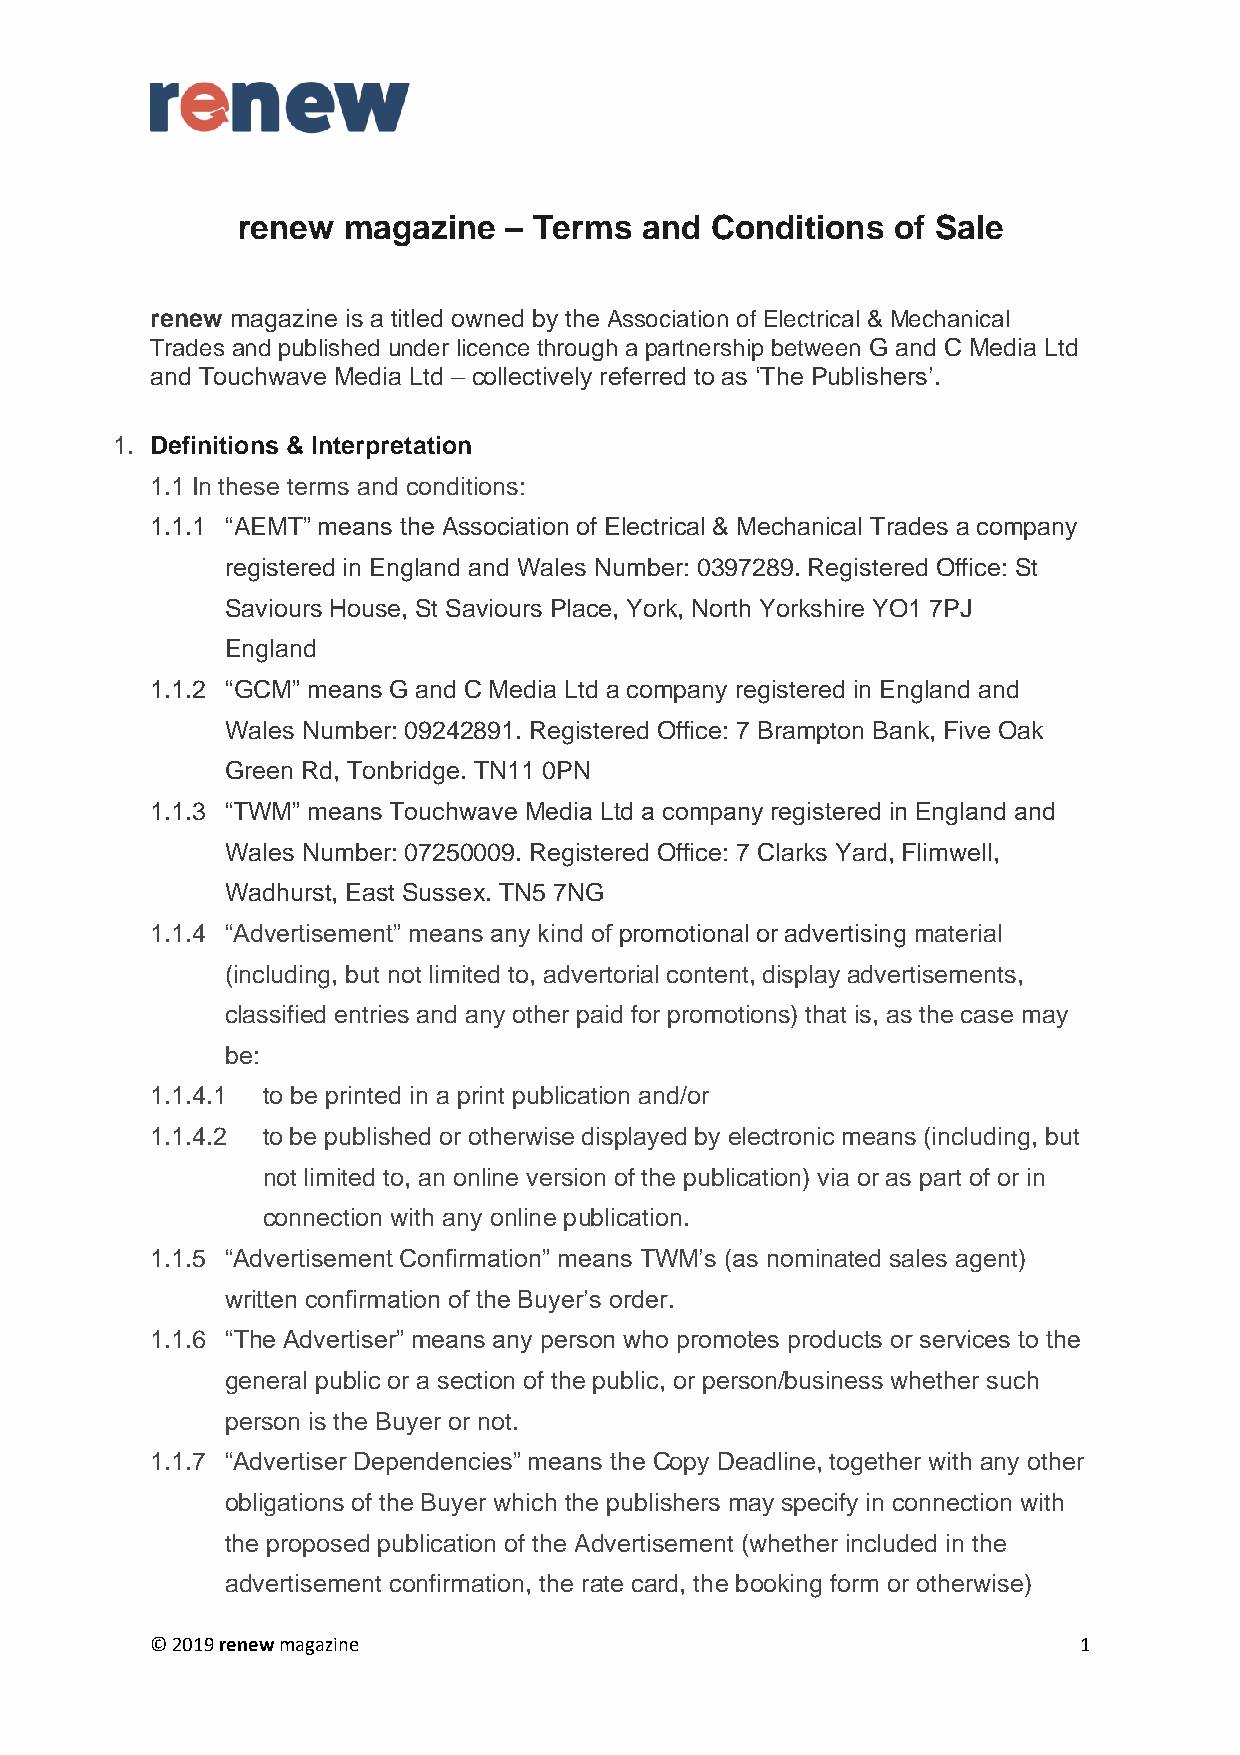
renew  magazine  – Terms   and Conditions  of Sale
 renew magazine is a titled owned by the Association of Electrical & Mechanical
 Trades and published under licence through a partnership between G and C Media Ltd
 and Touchwave Media Ltd – collectively referred to as ‘The Publishers’.
 1. Definitions & Interpretation
 1.1 In these terms and conditions:
 1.1.1 “AEMT” means the Association of Electrical & Mechanical Trades a company
 registered in England and Wales Number: 0397289. Registered Office: St
 Saviours House, St Saviours Place, York, North Yorkshire YO1 7PJ
 England
 1.1.2 “GCM” means G and C Media Ltd a company registered in England and
 Wales Number: 09242891. Registered Office: 7 Brampton Bank, Five Oak
 Green Rd, Tonbridge. TN11 0PN
 1.1.3 “TWM” means Touchwave Media Ltd a company registered in England and
 Wales Number: 07250009. Registered Office: 7 Clarks Yard, Flimwell,
 Wadhurst, East Sussex. TN5 7NG
 1.1.4 “Advertisement” means any kind of promotional or advertising material
 (including, but not limited to, advertorial content, display advertisements,
 classified entries and any other paid for promotions) that is, as the case may
 be:
 1.1.4.1 to be printed in a print publication and/or
 1.1.4.2 to be published or otherwise displayed by electronic means (including, but
 not limited to, an online version of the publication) via or as part of or in
 connection with any online publication.
 1.1.5 “Advertisement Confirmation” means TWM’s (as nominated sales agent)
 written confirmation of the Buyer’s order.
 1.1.6 “The Advertiser” means any person who promotes products or services to the
 general public or a section of the public, or person/business whether such
 person is the Buyer or not.
 1.1.7 “Advertiser Dependencies” means the Copy Deadline, together with any other
 obligations of the Buyer which the publishers may specify in connection with
 the proposed publication of the Advertisement (whether included in the
 advertisement confirmation, the rate card, the booking form or otherwise)
 © 2019 renew magazine                                        1